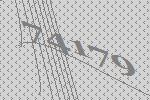
74179